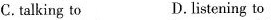
C.talking to D. listening to